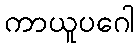
ကာယူပဂေါ